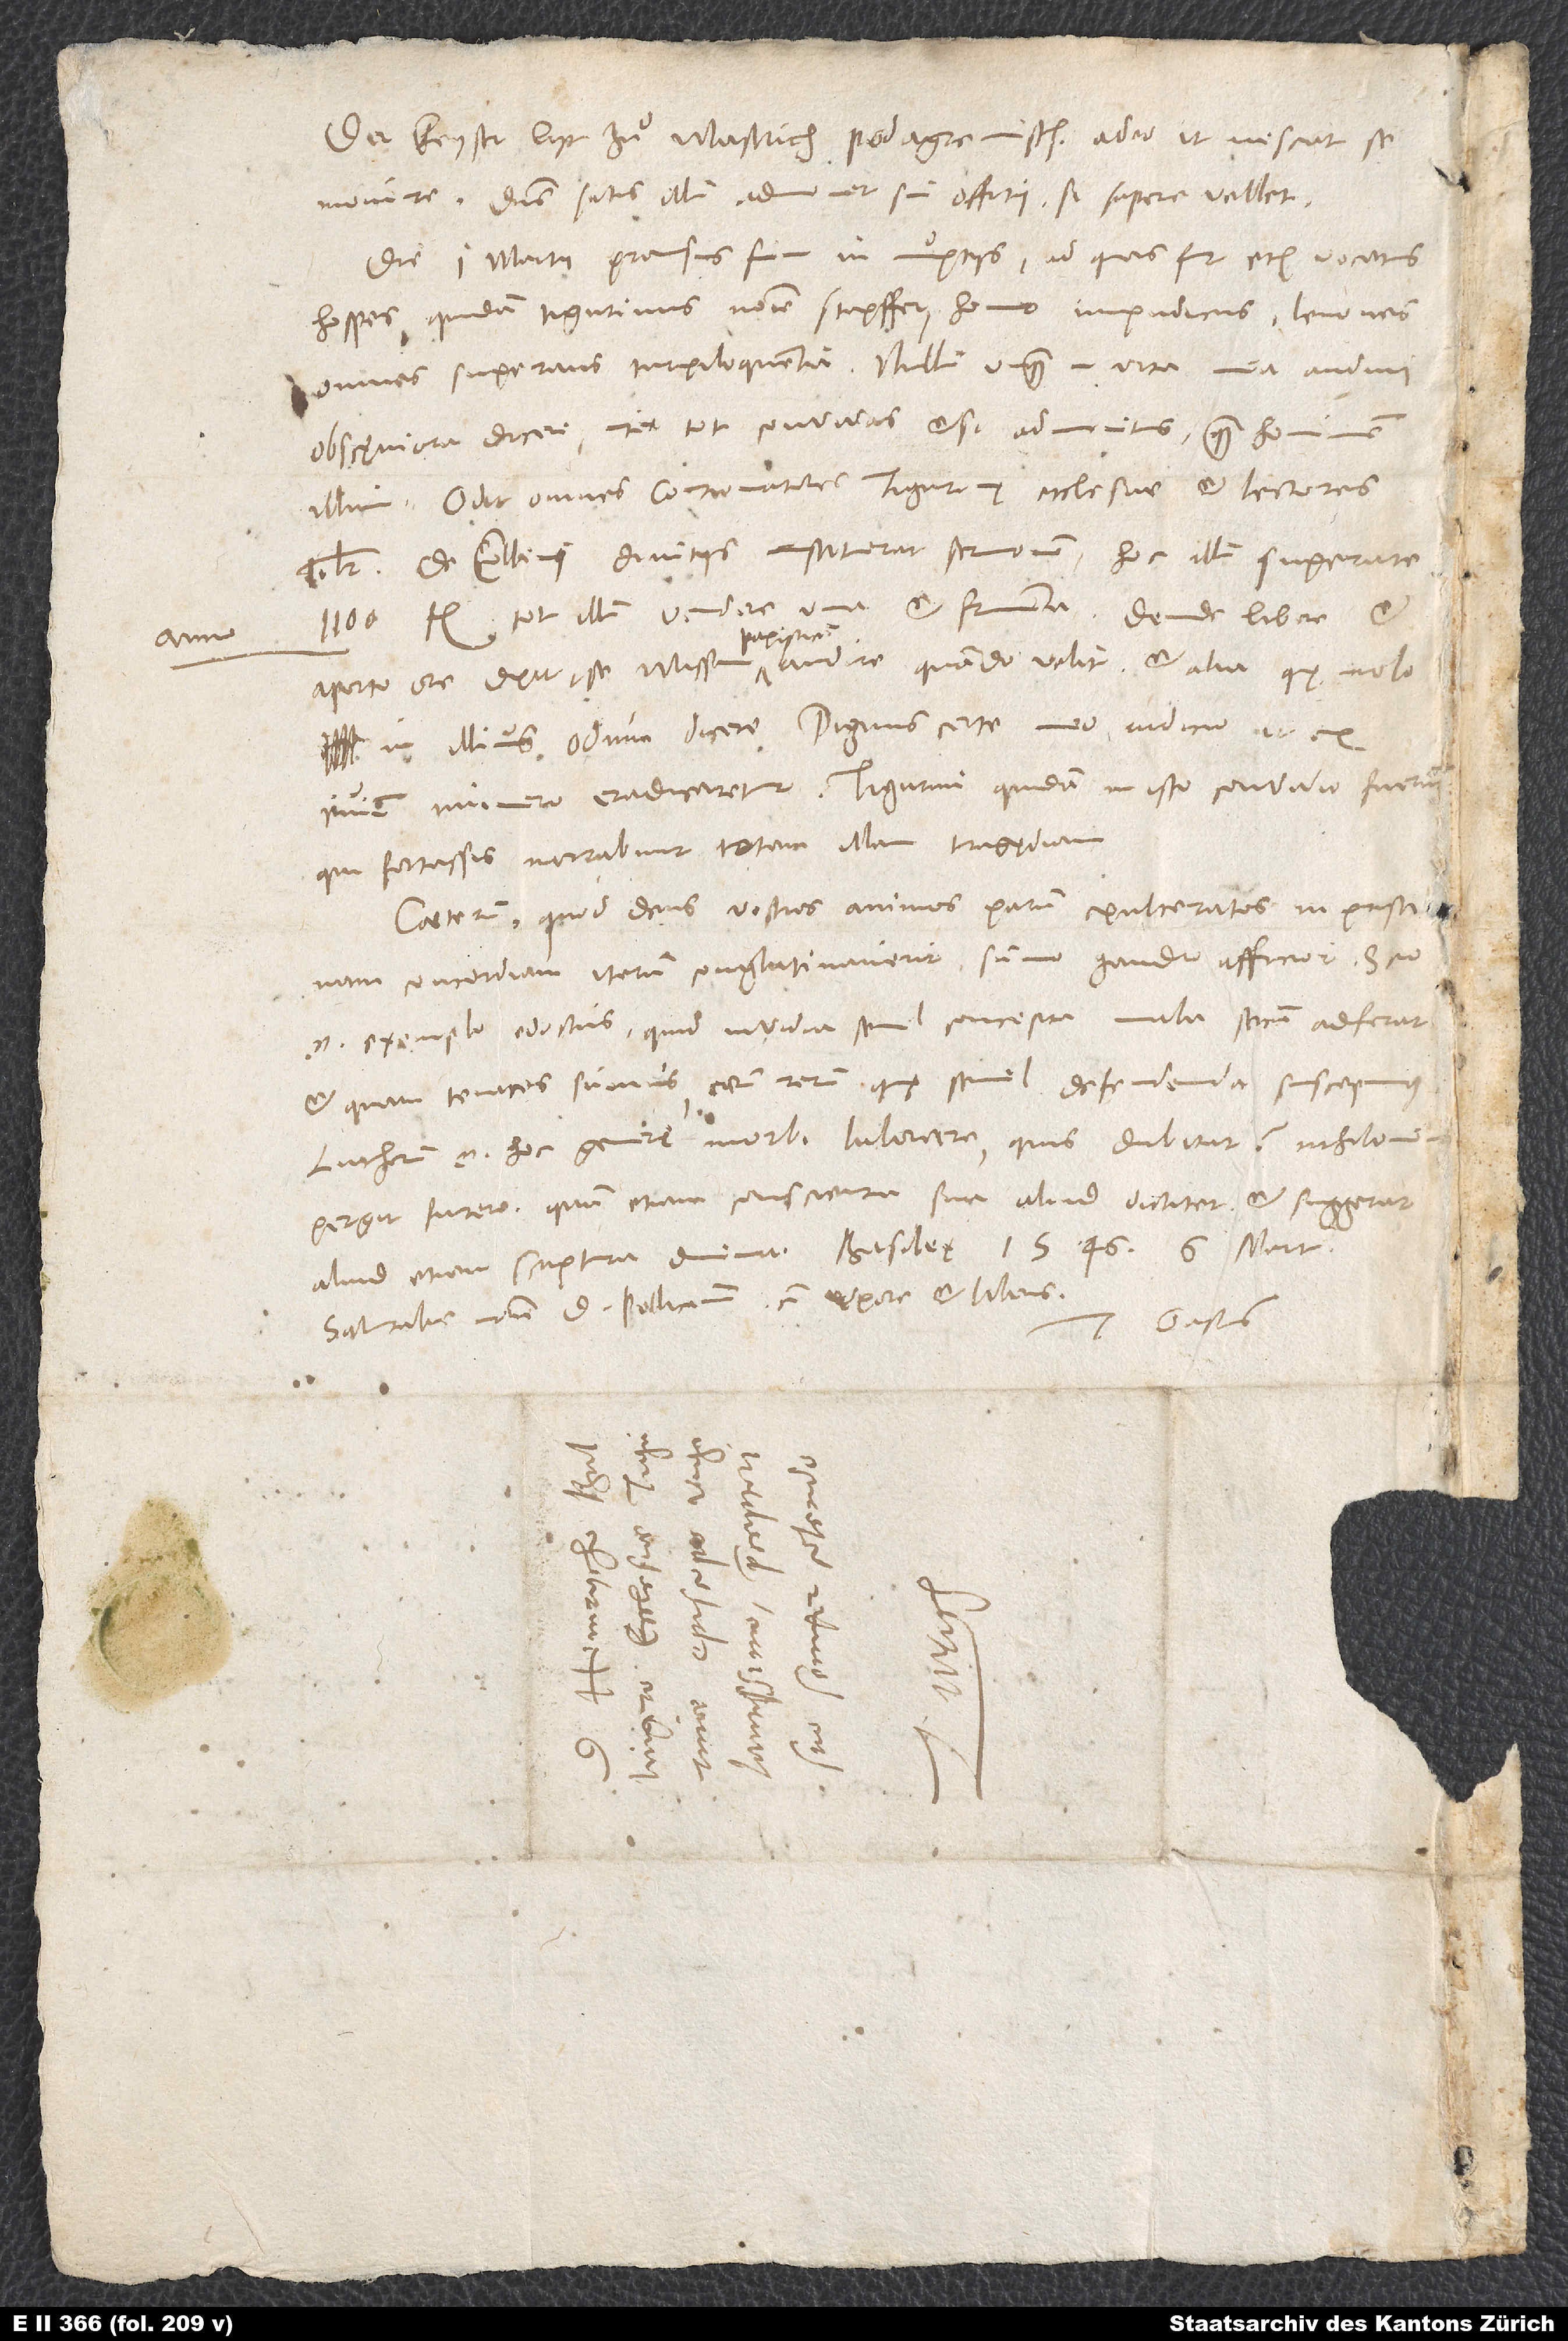
anno

Die 1. martii pransus sum in nuptiis, ad quas fuit etiam vocatus
hospes quidam Tigurinus nomine Stapffer, homo impudicus, lenones
omnes superans turpiloquentia. Nullum unquam in vita mea audivi
obscęniora dicere inter tot convivas, etsi admonitus, quam hominem
illum. Odit omnes contionatores Tigurinę ecclesiae et lectores
similiter. De Collini divitiis instituerat sermonem: Hoc illum superare
1’100 fl., tot illum vendere vina et frumenta. Deinde libere et
S.
aperto ore dixit se missam papisticam audire, quando velit, et alia, quę nolo
in illius odium dicere. Dignus certe meo iudicio, ut ex
civium numero eradicaretur. Tigurini quidam in isto convivio fuerunt,
qui fortassis narrabunt totam illam tragędiam.
Caeterum quod deus vestros animos parum exulceratos in pristinam
concordiam iterum conglutinaverit, summo gaudio afficior. Scio
enim exemplo edoctus, quid invidia semel concepta mala secum adferat
et quam tenaces sumus earum rerum, quę semel defendenda suscepimus.
Lutherum enim hoc genere morbi laborare, quis dubitat? Nihilominus
pergit furere, quam etiam conscientia sua aliud dictitet et suggerat,
Salutabis nomine meo d. Pellicanum cum uxore et liberis.
Tuus Gastius.